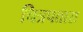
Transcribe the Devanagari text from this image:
चित्रपतास